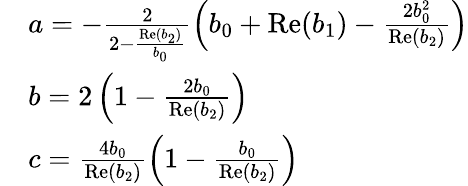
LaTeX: \begin{array}{rl}&{a=-\frac{2}{2-\frac{\mathrm{Re}(b_{2})}{b_{0}}}\left(b_{0}+\mathrm{Re}(b_{1})-\frac{2b_{0}^{2}}{\mathrm{Re}(b_{2})}\right)}\\ &{b=2\left(1-\frac{2b_{0}}{\mathrm{Re}(b_{2})}\right)}\\ &{c=\frac{4b_{0}}{\mathrm{Re}(b_{2})}\left(1-\frac{b_{0}}{\mathrm{Re}(b_{2})}\right)}\end{array}